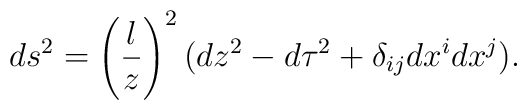
ds^2=\left(\frac{l}{z} \right)^2 (dz^2 -d \tau^2 +\delta_{ij}dx^i dx^j).